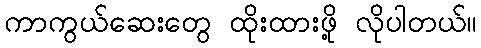
ကာကွယ်ဆေးတွေ ထိုးထားဖို့ လိုပါတယ်။